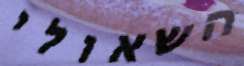
השאולי